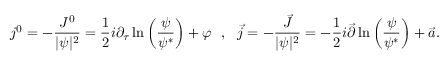
j ^ { 0 } = - \frac { J ^ { 0 } } { | \psi | ^ { 2 } } = \frac { 1 } { 2 } i \partial _ { \tau } \ln \left( \frac { \psi } { \psi ^ { * } } \right) + \varphi \ \ , \ \ \vec { j } = - \frac { \vec { J } } { | \psi | ^ { 2 } } = - \frac { 1 } { 2 } i \vec { \partial } \ln \left( \frac { \psi } { \psi ^ { * } } \right) + \vec { a } .